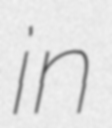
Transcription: in